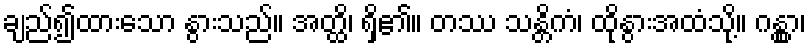
ချည်၍ထားသော နွားသည်။ အတ္ထိ၊ ရှိ၏။ တဿ သန္တိကံ၊ ထိုနွားအထံသို့။ ဂန္တွာ၊